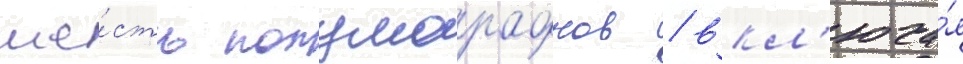
ше́сть полумарафонов / вкл'юча́я